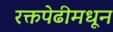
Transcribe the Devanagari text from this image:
रक्तपेढीमधून